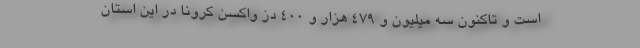
است و تاکنون سه میلیون و ۴۷۹ هزار و ۴۰۰ دز واکسن کرونا در این استان